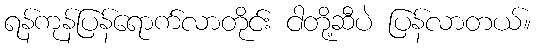
ရန်ကုန်ပြန်ရောက်လာတိုင်း ငါတို့ဆီပဲ ပြန်လာတယ်။